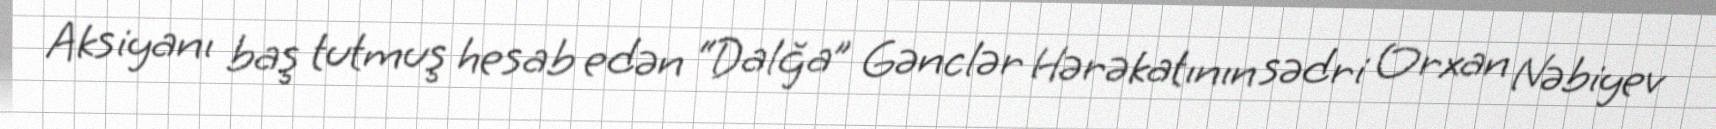
Aksiyanı baş tutmuş hesab edən “Dalğa” Gənclər Hərəkatının sədri Orxan Nəbiyev